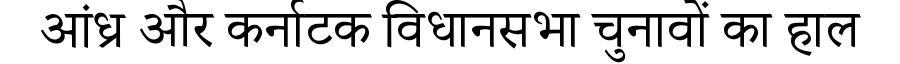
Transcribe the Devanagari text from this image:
आंध्र और कर्नाटक विधानसभा चुनावों का हाल